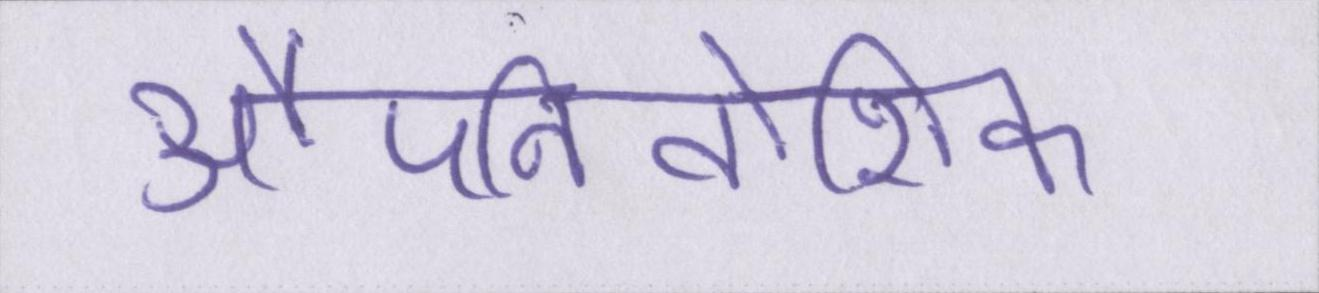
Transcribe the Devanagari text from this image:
औपनिवेशिक